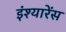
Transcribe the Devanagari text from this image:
इंश्यारेंस